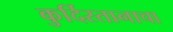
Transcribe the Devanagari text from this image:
कुर्दिस्तानाचा